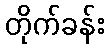
တိုက်ခန်း